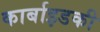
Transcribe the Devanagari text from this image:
कार्बाइडकी